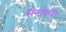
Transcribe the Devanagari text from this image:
मनाकदा